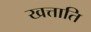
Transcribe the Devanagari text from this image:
खत्ताति